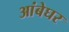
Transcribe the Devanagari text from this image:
आंबेघर